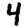
Digit: 4